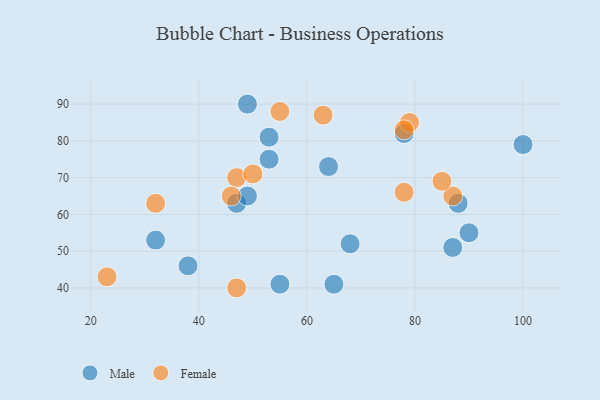
{"axis": {"x": "GDP", "y": "Life Expectancy"}, "legend": ["Female", "Male"], "data": [{"x": "78", "y": 82, "type": "Male"}, {"x": "90", "y": 55, "type": "Male"}, {"x": "38", "y": 46, "type": "Male"}, {"x": "47", "y": 63, "type": "Male"}, {"x": "32", "y": 53, "type": "Male"}, {"x": "64", "y": 73, "type": "Male"}, {"x": "65", "y": 41, "type": "Male"}, {"x": "49", "y": 65, "type": "Male"}, {"x": "55", "y": 41, "type": "Male"}, {"x": "87", "y": 51, "type": "Male"}, {"x": "53", "y": 75, "type": "Male"}, {"x": "68", "y": 52, "type": "Male"}, {"x": "100", "y": 79, "type": "Male"}, {"x": "88", "y": 63, "type": "Male"}, {"x": "49", "y": 90, "type": "Male"}, {"x": "53", "y": 81, "type": "Male"}, {"x": "47", "y": 70, "type": "Female"}, {"x": "63", "y": 87, "type": "Female"}, {"x": "46", "y": 65, "type": "Female"}, {"x": "32", "y": 63, "type": "Female"}, {"x": "78", "y": 66, "type": "Female"}, {"x": "87", "y": 65, "type": "Female"}, {"x": "79", "y": 85, "type": "Female"}, {"x": "23", "y": 43, "type": "Female"}, {"x": "50", "y": 71, "type": "Female"}, {"x": "47", "y": 40, "type": "Female"}, {"x": "78", "y": 83, "type": "Female"}, {"x": "85", "y": 69, "type": "Female"}, {"x": "55", "y": 88, "type": "Female"}]}